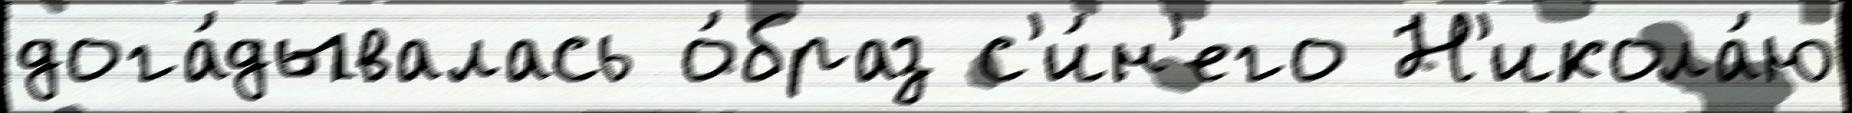
дога́дывалась о́браз с'и́н'его Н'икола́ю